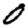
Digit: 0